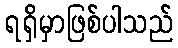
ရရှိမှာဖြစ်ပါသည်